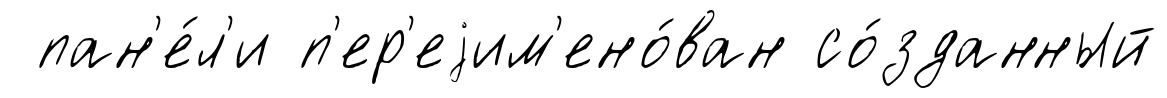
пан'е́л'и п'ер'еjим'ено́ван со́зданный